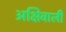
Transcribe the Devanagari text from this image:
अक्षिवाली